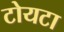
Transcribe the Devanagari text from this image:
टोयटा